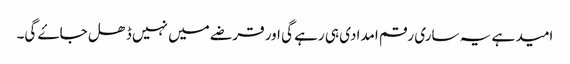
امید ہے یہ ساری رقم امدادی ہی رہے گی اور قرضے میں نہیں ڈھل جاۓ گی۔